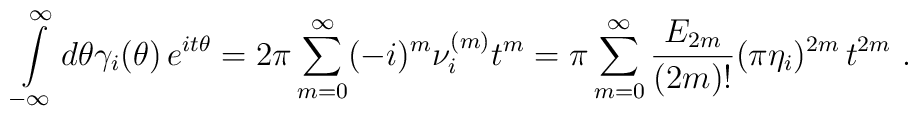
\int\limits_{-\infty }^{\infty }d\theta \gamma _{i}(\theta )\,e^{it\theta}=2\pi \sum\limits_{m=0}^{\infty }(-i)^{m}\nu _{i}^{(m)}t^{m}=\pi\sum\limits_{m=0}^{\infty }\frac{E_{2m}}{(2m)!}(\pi \eta_{i})^{2m}\,t^{2m}\,\,.